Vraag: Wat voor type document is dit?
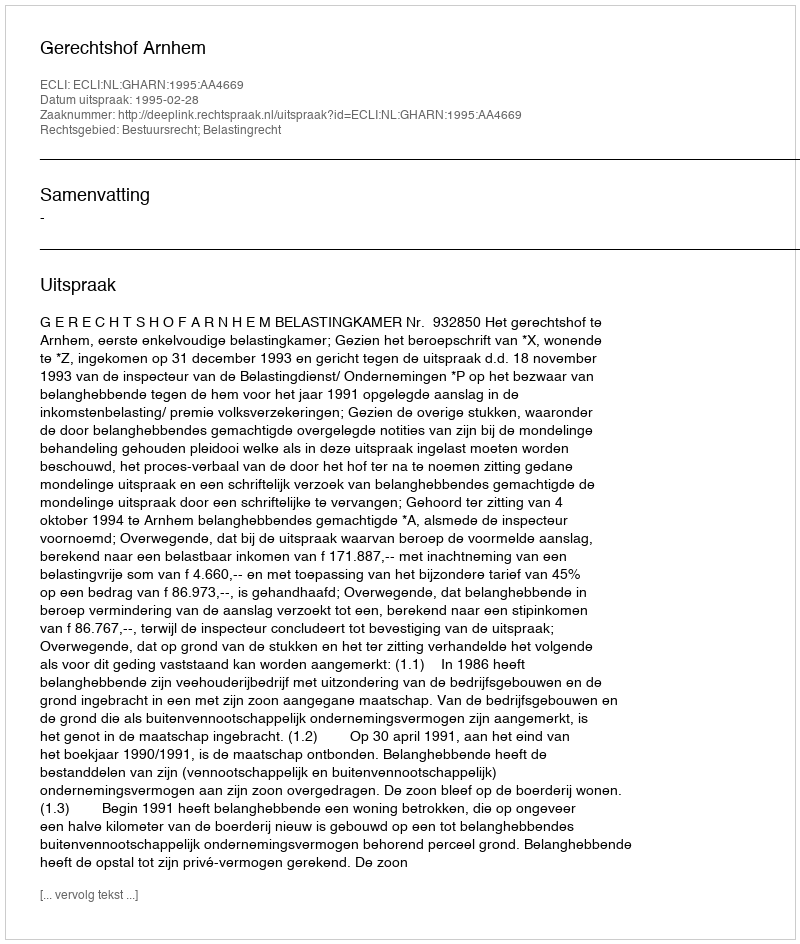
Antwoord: Uitspraak